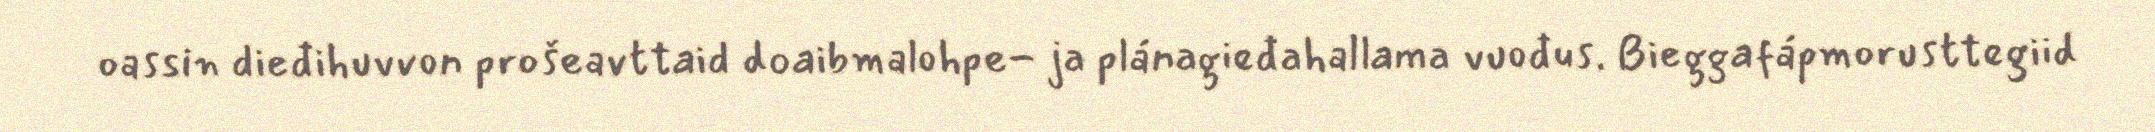
oassin dieđihuvvon prošeavttaid doaibmalohpe- ja plánagieđahallama vuođus. Bieggafápmorusttegiid